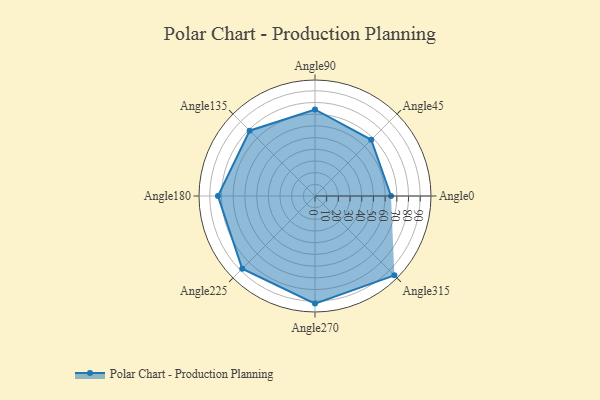
{"axis": {"x": "Angle", "y": "Radius"}, "legend": [""], "data": [{"x": "Angle0", "y": 65.0, "type": ""}, {"x": "Angle45", "y": 68.0, "type": ""}, {"x": "Angle90", "y": 74.0, "type": ""}, {"x": "Angle135", "y": 79.0, "type": ""}, {"x": "Angle180", "y": 83.0, "type": ""}, {"x": "Angle225", "y": 88.0, "type": ""}, {"x": "Angle270", "y": 92.0, "type": ""}, {"x": "Angle315", "y": 96.0, "type": ""}]}